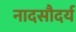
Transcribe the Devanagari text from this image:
नादसौदर्य